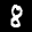
Label: 8